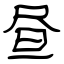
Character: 昼